Annual statistical returns and brief notes on vaccination in Bengal - 1909-1929
Year: 1909
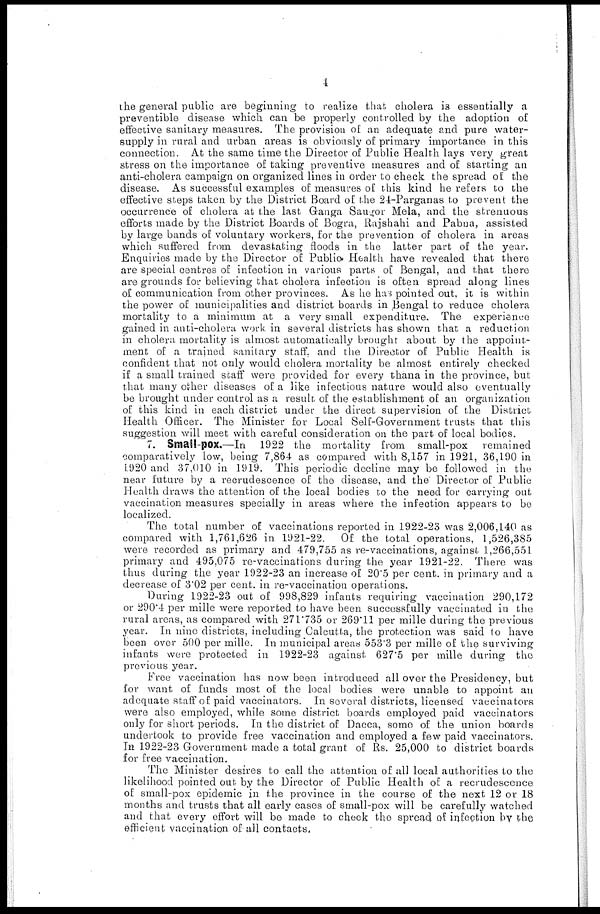
4
the general public are beginning to realize that cholera is essentially a
preventible disease which can be properly controlled by the adoption of
effective sanitary measures. The provision of an adequate and pure water-
supply in rural and urban areas is obviously of primary importance in this
connection. At the same time the Director of Public Health lays very great
stress on the importance of taking preventive measures and of starting an
anti-cholera campaign on organized lines in order to check the spread of the
disease. As successful examples of measures of this kind he refers to the
effective steps taken by the District Board of the 24-Parganas to prevent the
occurrence of cholera at the last Ganga Saugor Mela, and the strenuous
efforts made by the District Boards of Bogra, Rajshahi and Pabna, assisted
by large bands of voluntary workers, for the prevention of cholera in areas
which suffered from devastating floods in the latter part of the year.
Enquiries made by the Director of Public Health have revealed that there
are special centres of infection in various parts of Bengal, and that there
are grounds for believing that cholera infection is often spread along lines
of communication from other provinces. As he has pointed out, it is within
the power of municipalities and district boards in Bengal to reduce cholera
mortality to a minimum at a very small expenditure. The experience
gained in anti-cholera work in several districts has shown that a reduction
in cholera mortality is almost automatically brought about by the appoint-
ment of a trained sanitary staff, and the Director of Public Health is
confident that not only would cholera mortality be almost entirely checked
if a small trained staff were provided for every thana in the province, but
that many other diseases of a like infectious nature would also eventually
be brought under control as a result of the establishment of an organization
of this kind in each district under the direct supervision of the District
Health Officer. The Minister for Local Self-Government trusts that this
suggestion will meet with careful consideration on the part of local bodies.
7. Small-pox.—In 1922 the mortality from small-pox remained
comparatively low, being 7,864 as compared with 8,157 in 1921, 36,190 in
1920 and 37,010 in 1919. This periodic decline may be followed in the
near future by a recrudescence of the disease, and the Director of Public
Health draws the attention of the local bodies to the need for carrying out
vaccination measures specially in areas where the infection appears to be
localized.
The total number of vaccinations reported in 1922-23 was 2,006,140 as
compared with 1,761,626 in 1921-22. Of the total operations, 1,526,385
were recorded as primary and 479,755 as re-vaccinations, against 1,266,551
primary and 495,075 re-vaccinations during the year 1921-22. There was
thus during the year 1922-23 an increase of 20.5 per cent. in primary and a
decrease of 3.02 per cent. in re-vaccination operations.
During 1922-23 out of 998,829 infants requiring vaccination 290,172
or 290.4 per mille were reported to have been successfully vaccinated in the
rural areas, as compared with 271.735 or 269.11 per mille during the previous
year. In nine districts, including Calcutta, the protection was said to have
been over 500 per mille. In municipal areas 553.3 per mille of the surviving
infants were protected in 1922-23 against 627.5 per mille during the
previous year.
Free vaccination has now been introduced all over the Presidency, but
for want of funds most of the local bodies were unable to appoint an
adequate staff of paid vaccinators. In several districts, licensed vaccinators
were also employed, while some district boards employed paid vaccinators
only for short periods. In the district of Dacca, some of the union boards
undertook to provide free vaccination and employed a few paid vaccinators.
In 1922-23 Government made a total grant of Rs. 25,000 to district boards
for free vaccination.
The Minister desires to call the attention of all local authorities to the
likelihood pointed out by the Director of Public Health of a recrudescence
of small-pox epidemic in the province in the course of the next 12 or 18
months and trusts that all early cases of small-pox will be carefully watched
and that every effort will be made to check the spread of infection by the
efficient vaccination of all contacts,